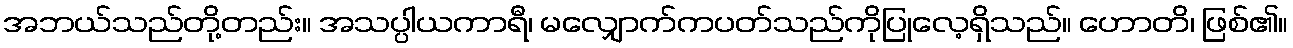
အဘယ်သည်တို့တည်း။ အသပ္ပါယကာရီ၊ မလျှောက်ကပတ်သည်ကိုပြုလေ့ရှိသည်။ ဟောတိ၊ ဖြစ်၏။